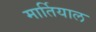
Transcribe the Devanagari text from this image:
मार्तियाल